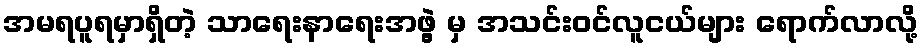
အမရပူရမှာရှိတဲ့ သာရေးနာရေးအဖွဲ့ မှ အသင်းဝင်လူငယ်များ ရောက်လာလို့